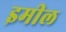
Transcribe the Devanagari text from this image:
इमील